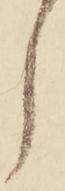
し